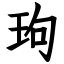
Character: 玽